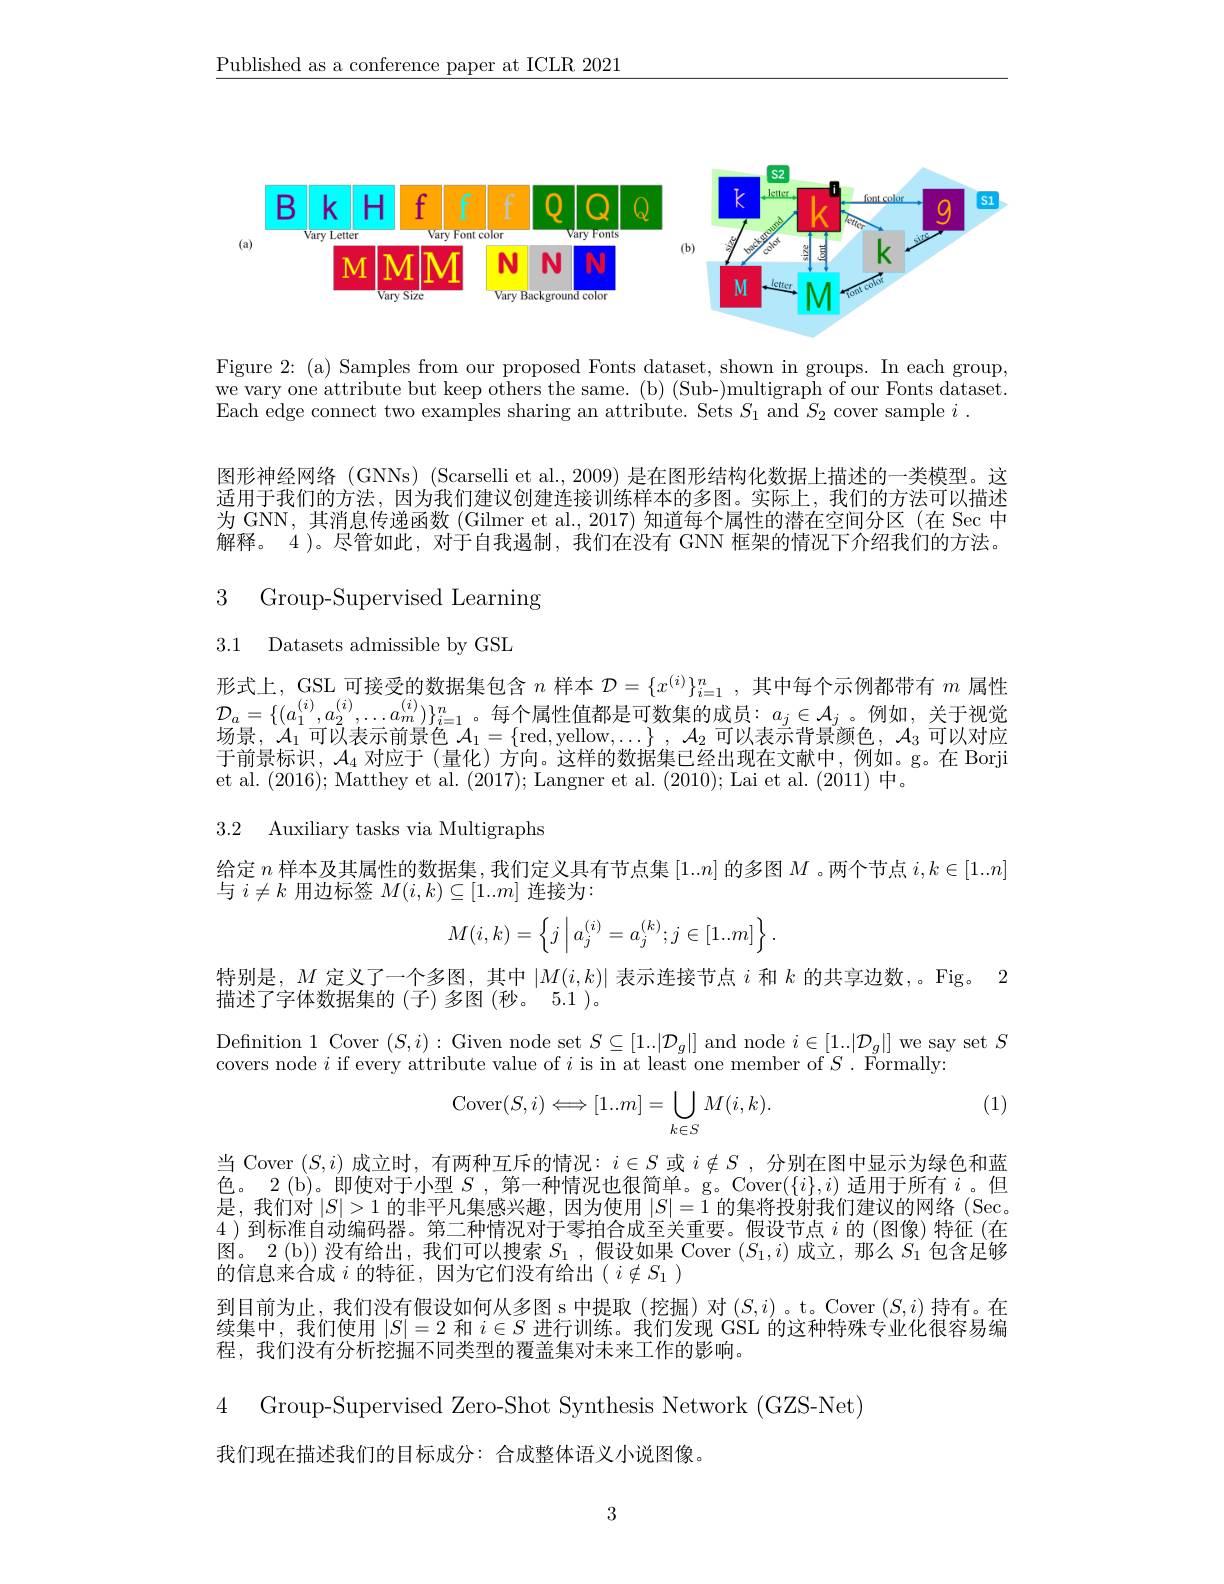
$\underline{\text{Published as a conference paper at ICLR 2021}}$

<FigureHere>

Figure 2: (a) Samples from our proposed Fonts dataset, shown in groups. In each group, we vary one attribute but keep others the same. (b) (Sub-)multigraph of our Fonts dataset Each edge connect two examples sharing an attribute. Sets $S_{1}$ and $S_2$ cover sample $i.$

图形神经网络 (GNNs) (Scarselli et al., 2009) 是在图形结构化数据上描述的一类模型。这适用于我们的方法，因为我们建议创建连接训练样本的多图。实际上，我们的方法可以描述为 GNN, 其消息传递函数 (Gilmer et al., 2017) 知道每个属性的潜在空间分区 (在 Sec 中解释。4 )。尽管如此，对于自我遏制，我们在没有 GNN 框架的情况下介绍我们的方法。

3 Group-Supervised Learning
3.1 Datasets admissible by GSL

形式上，GSL 可接受的数据集包含$n$样本$\mathcal{D}=\{x^(i)\}_i=1^n$,其中每个示例都带有$m$属性$\mathcal{D}_{a}=\{(a_{1}^{(i)},a_{2}^{(i)},\ldots a_{m}^{(i)})\}_{i=1}^{n}$。每个属性值都是可数集的成员$:a_j\in\mathcal{A}_j$。例如，关于视觉场景，$\mathcal{A}_1$可以表示前景色 $\mathcal{A}_1=\{$red,yellow$,\ldots\},\mathcal{A}_2$ 可以表示背景颜色$,\mathcal{A}_3$ 可以对应于前景标识，$\mathcal{A}_4$对应于(量化)方向。这样的数据集已经出现在文献中，例如。g。在 Borji et al. (2016);Matthey et al. (2017); Langner et al. (2010); Lai et al.(2011)中。

3.2 Auxiliary tasks via Multigraphs

给 定 $n$ 样 本 及 其 属 性 的 数 据 集 , 我 们 定 义 具 有 节 点 集 $[ 1. . n]$ 的 多 图 $M$ 。两 个 节 点 $i, k\in [ 1. . n]$
与$i\neq k$用边标签$M(i,k)\subseteq[1..m]$连接为：
$$M(i,k)=\left\{j\:\Big|\:a_j^{(i)}=a_j^{(k)};j\in[1..m]\right\}.$$
特别是，$M$定义了一个多图，其中$|M(i,k)|$表示连接节点$i$和$k$的共享边数，。Fig。2
描述了字体数据集的(子)多图(秒。5.1 )。

Definition 1 Cover $(S,i):$ Given node set $S\subseteq[1..|\mathcal{D}_g|]$ and node $i\in[1..|\mathcal{D}_g|]$ we say set $S$
covers node $i$ if every attribute value of $i$ is in at least one member of $S.$ Formally:

(1)
$$\mathrm{Cover}(S,i)\Longleftrightarrow[1..m]=\bigcup_{k\in S}M(i,k).$$
当 Cover $(S,i)$成立时，有两种互斥的情况：$i\in S$或$i\notin S$ ,分别在图中显示为绿色和蓝色。2(b)。即使对于小型$S$ ,第一种情况也很简单。g。Cover$(\{i\},i)$适用于所有$i$。但是，我们对$\left|S\right|>1$的非平凡集感兴趣，因为使用$\left|S\right|=1$的集将投射我们建议的网络 (Sec。4 )到标准自动编码器。第二种情况对于零拍合成至关重要。假设节点$i$的 (图像)特征 (在图。2 (b)) 没有给出，我们可以搜索$S_1$ ,假设如果 Cover $(S_1,i)$成立，那么$S_1$包含足够的信息来合成$i$的特征，因为它们没有给出($i\notin S_1)$
到目前为止，我们没有假设如何从多图 s 中提取 (挖掘)对$(S,i)$ 。t。Cover $(S,i)$持有。在续集中，我们使用$|S|=2$和$i\in S$进行训练。我们发现 GSL 的这种特殊专业化很容易编程，我们没有分析挖掘不同类型的覆盖集对未来工作的影响。

4 Group-Supervised Zero-Shot Synthesis Network (GZS-Net)
我们现在描述我们的目标成分：合成整体语义小说图像。

3